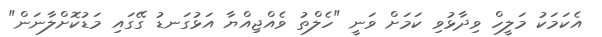
އެކަމަކު މަލީހް ވިދާޅުވި ކަމަށް ވަނީ "ހެލްތު ވެއްޖިއްޔާ އަޅުގަނޑު ގޭގައި މަޑުކޮށްލާނަން"